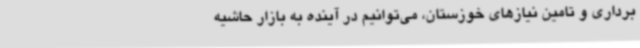
برداری و تامین نیازهای خوزستان، می‌توانیم در آینده به بازار حاشیه